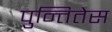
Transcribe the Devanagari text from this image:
पुन्तितेस